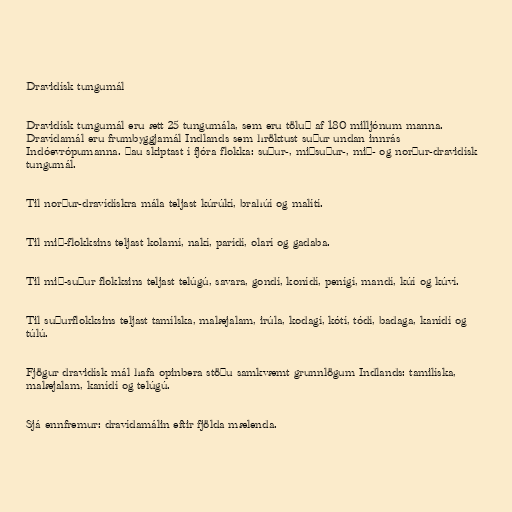
Dravidísk tungumál

Dravidísk tungumál eru ætt 25 tungumála, sem eru töluð af 180 milljónum manna.
Dravídamál eru frumbyggjamál Indlands sem hröktust suður undan innrás
Indóevrópumanna. Þau skiptast í fjóra flokka: suður-, miðsuður-, mið- og norður-dravidísk
tungumál.

Til norður-dravídískra mála teljast kúrúkí, brahúí og malítí.

Til mið-flokksins teljast kolamí, nakí, parídí, olarí og gadaba.

Til mið-suður flokksins teljast telúgú, savara, gondí, konídí, penígí, mandí, kúí og kúví.

Til suðurflokksins teljast tamílska, malæjalam, irúla, kodagí, kótí, tódí, badaga, kanídí og
túlú.

Fjögur dravidísk mál hafa opinbera stöðu samkvæmt grunnlögum Indlands: tamilíska,
malæjalam, kanídí og telúgú.

Sjá ennfremur: dravídamálin eftir fjölda mælenda.